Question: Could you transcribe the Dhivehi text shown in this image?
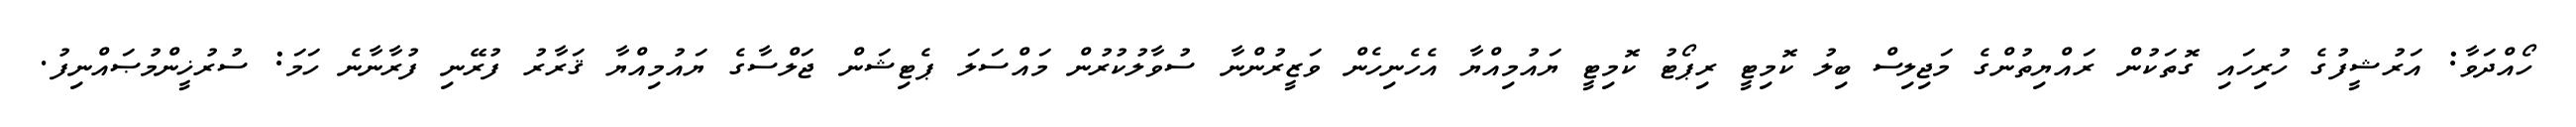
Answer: ހޯއްދަވާ: އަރުޝީފުގެ ހުރިހައި ގޮތަކުން ރައްޔިތުންގެ މަޖިލިސް ބިލު ކޮމިޓީ ރިޕޯޓު ކޮމިޓީ ޔައުމިއްޔާ އެހެނިހެން ވަޒީރުންނާ ސުވާލުކުރުން މައްސަލަ ޕެޓިޝަން ޖަލްސާގެ ޔައުމިއްޔާ ޤަރާރު ފުރޭނި ފުރާނާނެ ހަމަ: ސުރުޚީންމުޞައްނިފު.